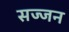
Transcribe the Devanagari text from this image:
सज्‍जन